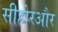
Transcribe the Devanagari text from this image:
सीहोरऔर